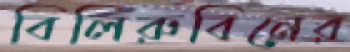
বিলিরুবিনের